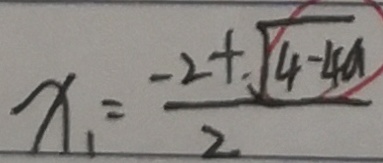
x _ { 1 } = \frac { - 2 + \sqrt { 4 - 4 a } } { 2 }